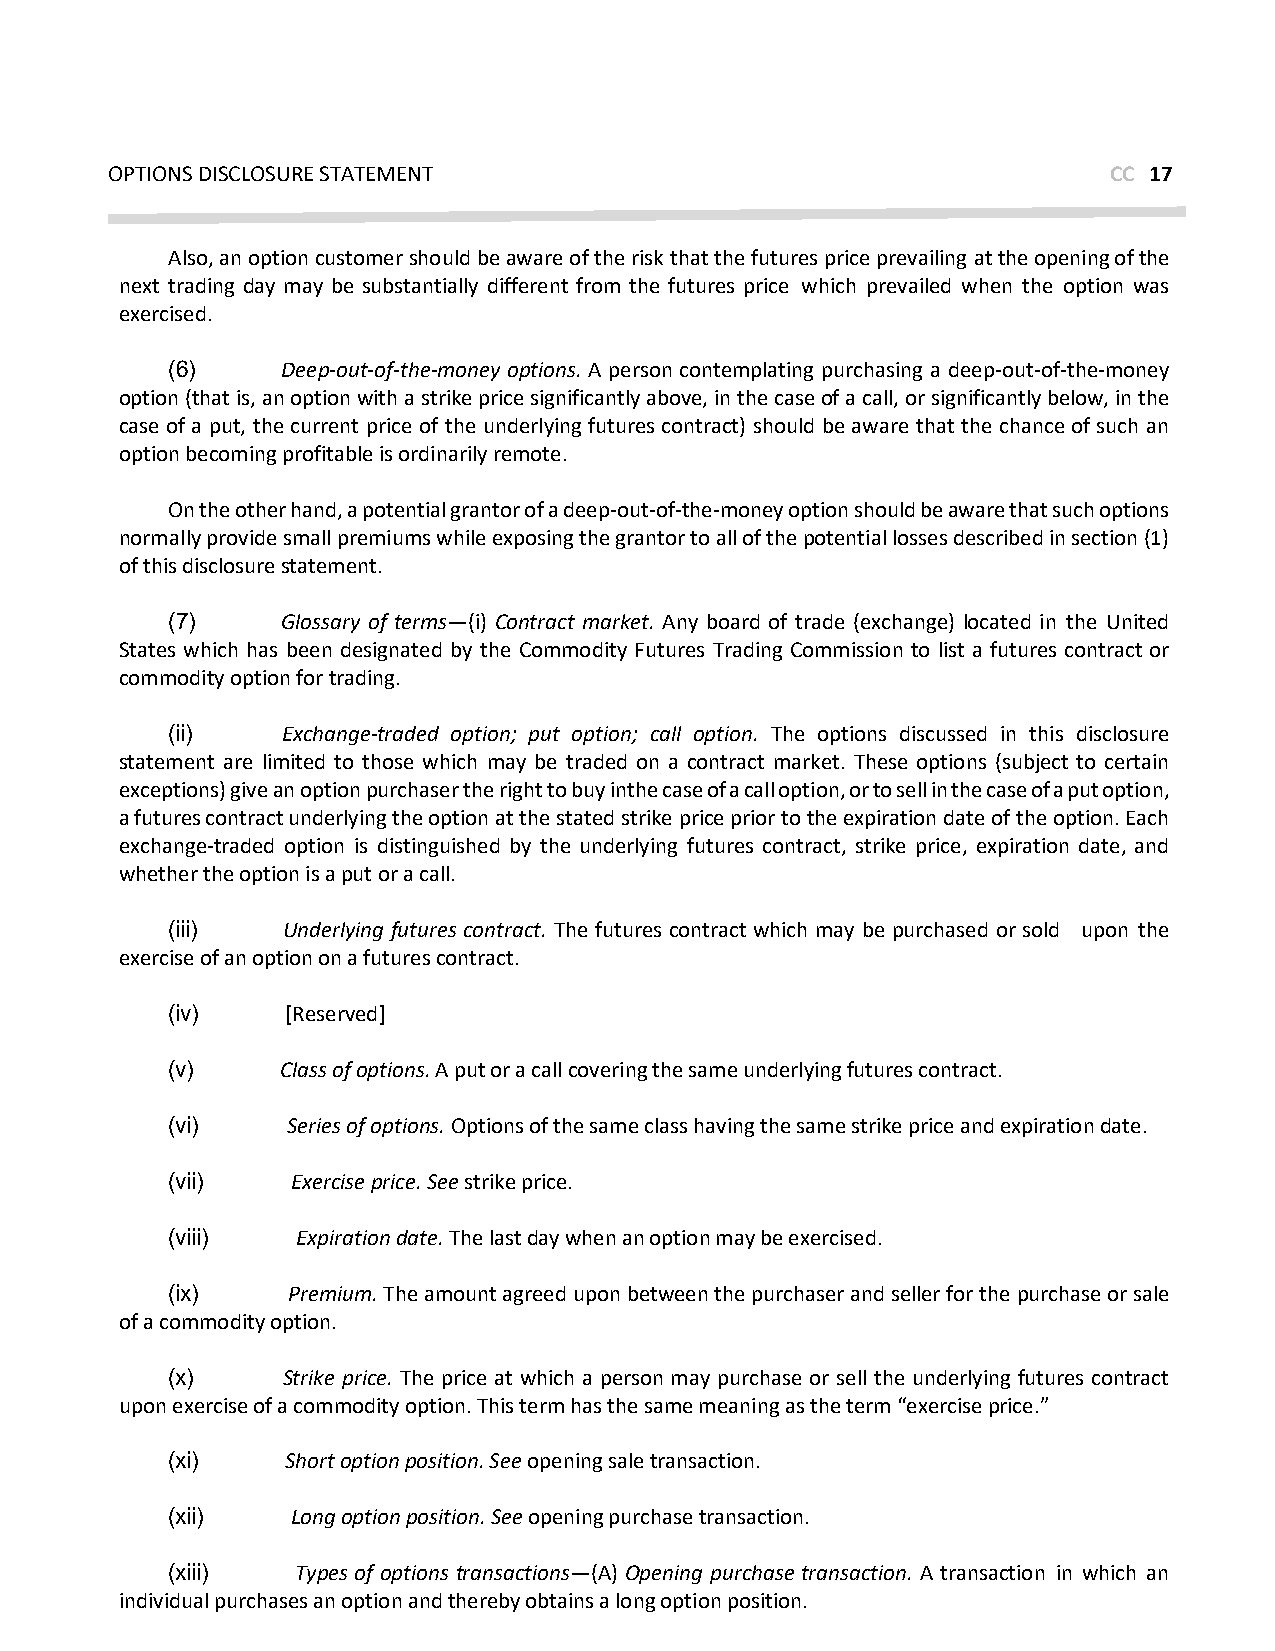
OPTIONS DISCLOSURE STATEMENT                                      CC 17
 Also, an option customer should be aware of the risk that the futures price prevailing at the opening of the
 next trading day may be substantially different from the futures price which prevailed when the option was
 exercised.
 (6)     Deep-out-of-the-money options. A person contemplating purchasing a deep-out- of-the-money
 option (that is, an option with a strike price significantly above, in the case of a call, or significantly below, in the
 case of a put, the current price of the underlying futures contract) should be aware that the chance of such an
 option becoming profitable is ordinarily remote.
 On the other hand, a potential grantor of a deep-out-of-the-money option should be aware that such options
 normally provide small premiums while exposing the grantor to all of the potential losses described in section (1)
 of this disclosure statement.
 (7)     Glossary of terms—(i) Contract market. Any board of trade (exchange) located in the United
 States which has been designated by the Commodity Futures Trading Commission to list a futures contract or
 commodity option for trading.
 (ii)    Exchange-traded option; put option; call option. The options discussed in this disclosure
 statement are limited to those which may be traded on a contract market. These options (subject to certain
 exceptions) give an option purchaser the right to buy in the case of a call option, or to sell in the case of a put option,
 a futures contract underlying the option at the stated strike price prior to the expiration date of the option. Each
 exchange-traded option is distinguished by the underlying futures contract, strike price, expiration date, and
 whether the option is a put or a call.
 (iii)   Underlying futures contract. The futures contract which may be purchased or sold upon the
 exercise of an option on a futures contract.
 (iv)    [Reserved]
 (v)     Class of options. A put or a call covering the same underlying futures contract.
 (vi)    Series of options. Options of the same class having the same strike price and expiration date.
 (vii)   Exercise price. See strike price.
 (viii)   Expiration date. The last day when an option may be exercised.
 (ix)    Premium. The amount agreed upon between the purchaser and seller for the purchase or sale
 of a commodity option.
 (x)     Strike price. The price at which a person may purchase or sell the underlying futures contract
 upon exercise of a commodity option. This term has the same meaning as the term “exercise price.”
 (xi)    Short option position. See opening sale transaction.
 (xii)   Long option position. See opening purchase transaction.
 (xiii)   Types of options transactions—(A) Opening purchase transaction. A transaction in which an
 individual purchases an option and thereby obtains a long option position.